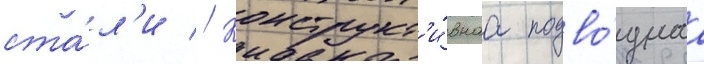
ста́л'и // Конструкт'и́внаа подво́днаа